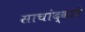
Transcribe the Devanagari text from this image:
साचांद्वारे